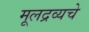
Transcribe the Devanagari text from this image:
मूलद्रव्यचे